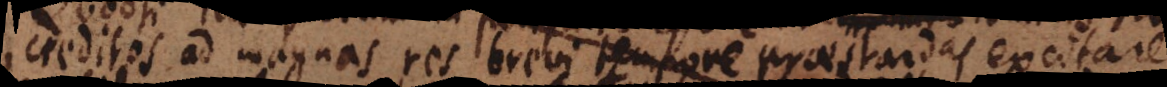
creditos ad magnas res brevi tempore praestandas excitare,